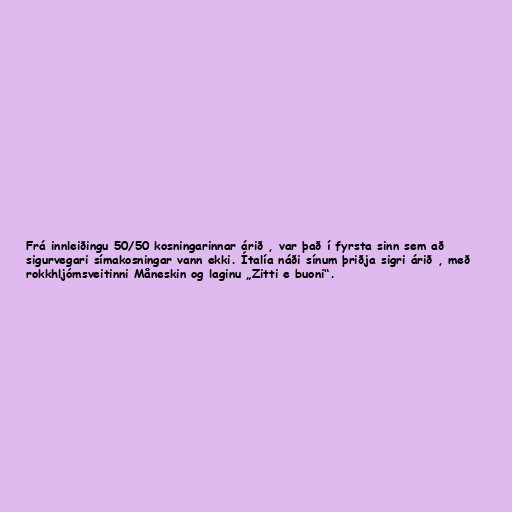
Frá innleiðingu 50/50 kosningarinnar árið , var það í fyrsta sinn sem að
sigurvegari símakosningar vann ekki. Ítalía náði sínum þriðja sigri árið , með
rokkhljómsveitinni Måneskin og laginu „Zitti e buoni“.